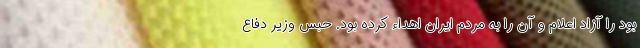
بود را آزاد اعلام و آن را به مردم ایران اهداء کرده بود. حبس وزیر دفاع